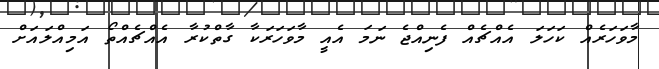
މާވަހަރެއް ކަހަލަ އެއްޗެއް ފެނިއްޖެ ނަމަ އެއީ މާވަހަރަކާ ގާތްކުރާ އެއްޗެއްތޯ އަމިއްލައަށް